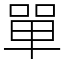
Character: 單